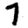
Digit: 7